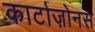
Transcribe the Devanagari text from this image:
कार्टाज़ोनस